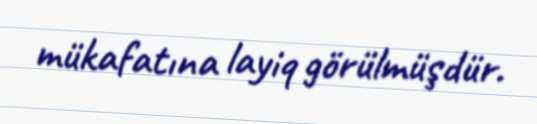
mükafatına layiq görülmüşdür.